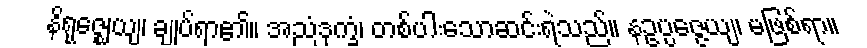
နိရုဇ္ဈေယျ၊ ချုပ်ရာ၏။ အညံဒုက္ခံ၊ တစ်ပါးသောဆင်းရဲသည်။ နဥပ္ပဇ္ဇေယျ၊ မဖြစ်ရာ။